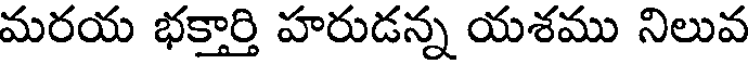
మరయ భక్తార్తి హరుడన్న యశము నిలువ